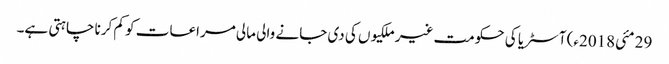
29 مئی2018ء) آسٹریا کی حکومت غیر ملکیوں کی دی جانے والی مالی مراعات کو کم کرنا چاہتی ہے۔